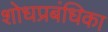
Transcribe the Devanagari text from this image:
शोधप्रबंधिका